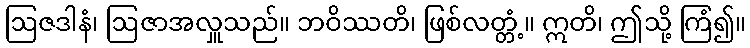
ဩဇဒါနံ၊ ဩဇာအလှူသည်။ ဘဝိဿတိ၊ ဖြစ်လတ္တံ့။ ဣတိ၊ ဤသို့ ကြံ၍။